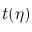
t ( \eta )